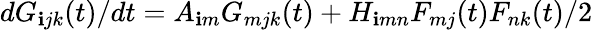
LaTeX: dG_{\mathbf{i}jk}(t)/dt=A_{\mathbf{i}m}G_{mjk}(t)+H_{\mathbf{i}mn}F_{mj}(t)F_{nk}(t)/2